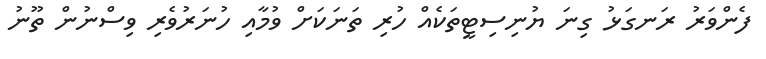
ފެންވަރު ރަނގަޅު ގިނަ ޔުނިސިޓީތަކެއް ހުރި ތަނަކަށް ވުމާއި ހުނަރުވެރި ވިސްނުން ތޫނު